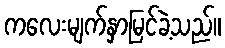
ကလေးမျက်နှာမြင်ခဲ့သည်။